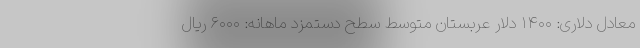
معادل دلاری: ۱۴۰۰ دلار عربستان متوسط سطح دستمزد ماهانه: ۶۰۰۰ ریال